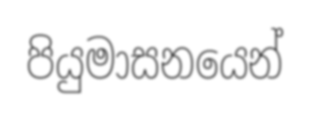
පියුමාසනයෙන්